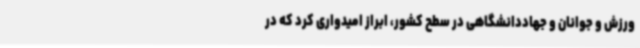
ورزش و جوانان و جهاددانشگاهی در سطح کشور، ابراز امیدواری کرد که در